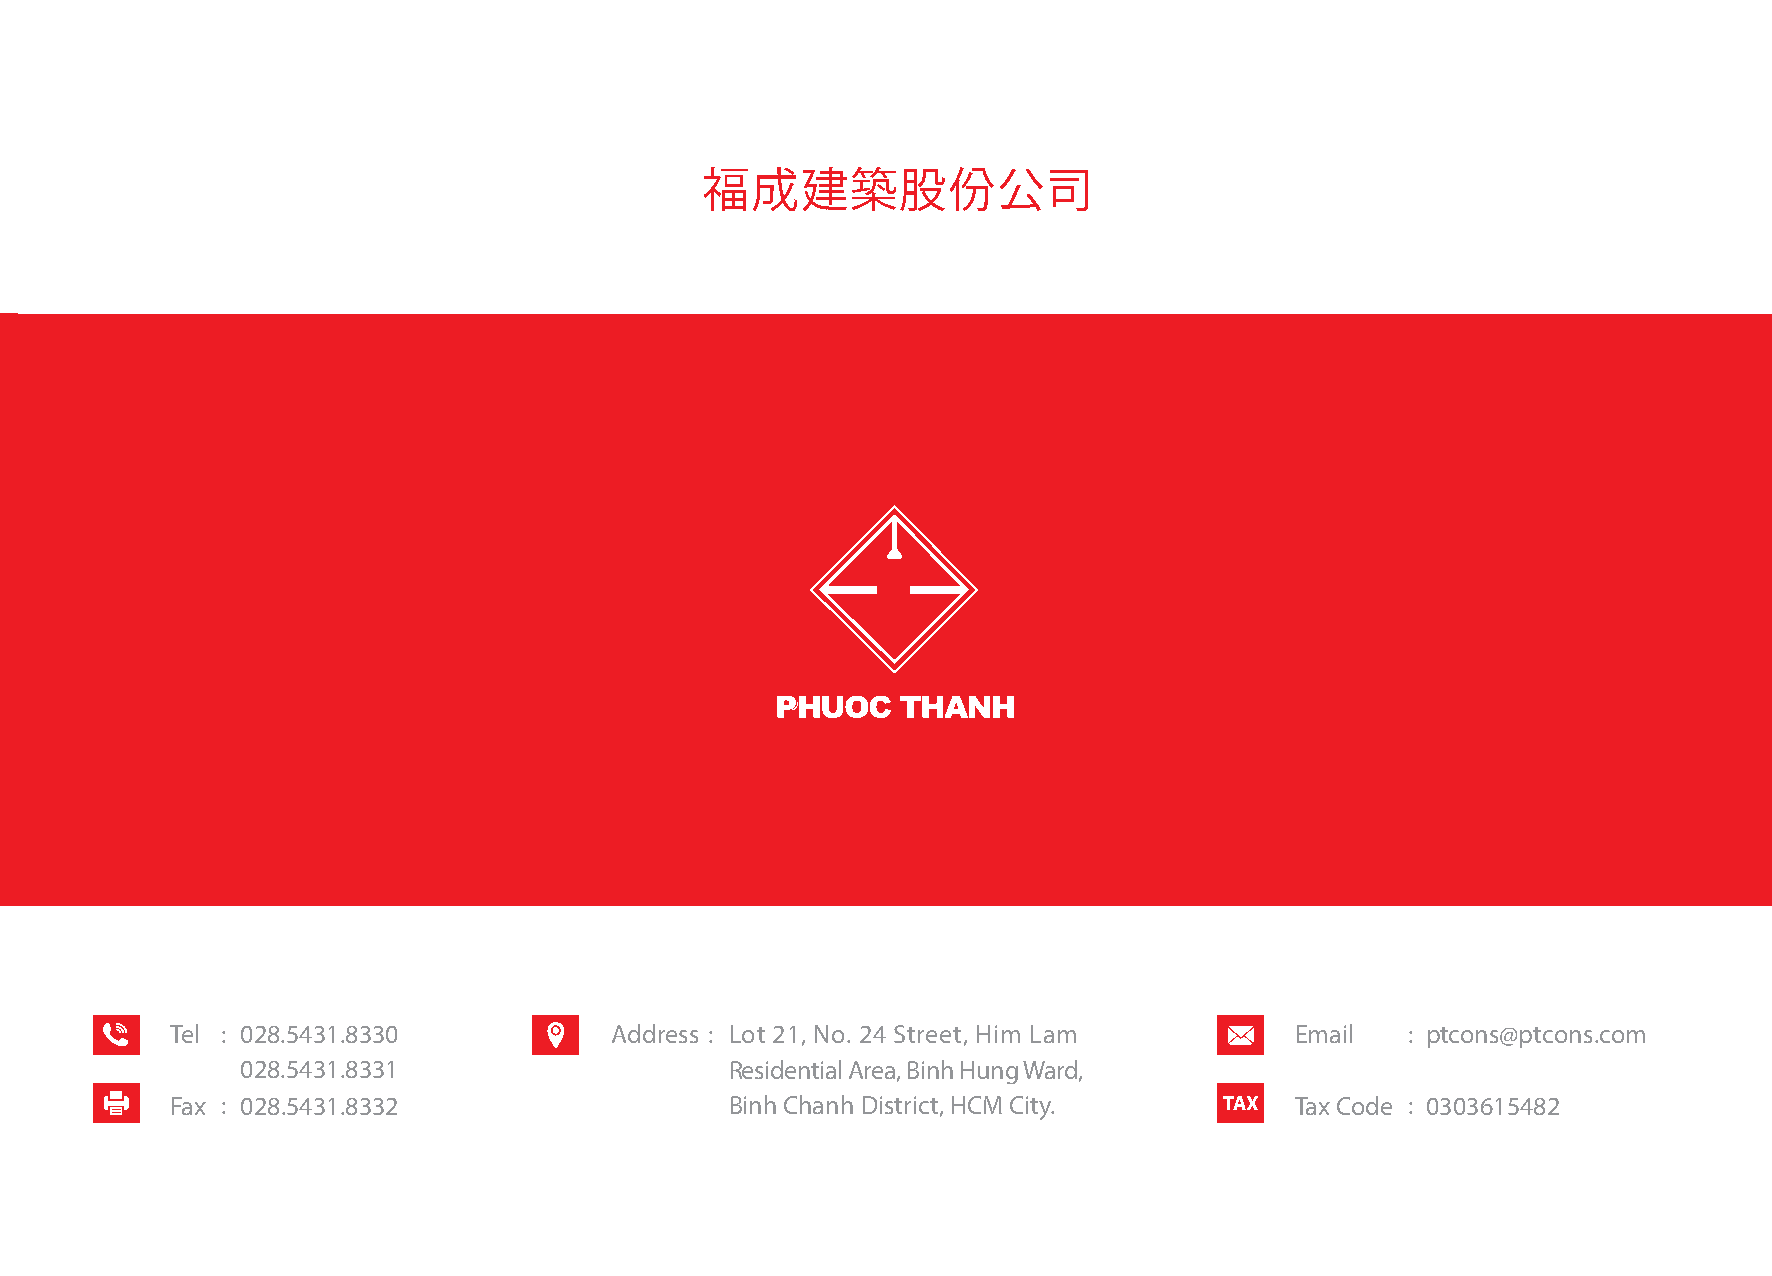
公   司   簡    介
 福成建築股份公司
 Tel : 028.5431.8330          Address : Lot 21, No. 24 Street, Him Lam      Email  : ptcons@ptcons.com                                                                                            w w w . p t c o n s . c o m
 028.5431.8331                   Residential Area, Binh Hung Ward,
 Fax : 028.5431.8332                  Binh Chanh District, HCM City.        Tax Code : 0303615482
 建築                                設計                           投資                            房地產
 100   Phuoc Thanh
 www.ptcons.com